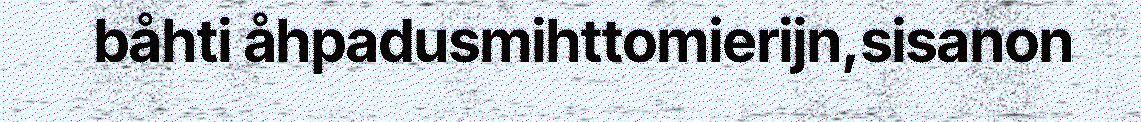
båhti åhpadusmihttomierijn,sisanon